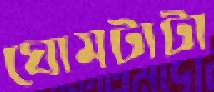
ঘোমটাটা